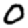
Digit: 0